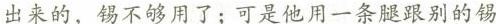
出来的，锡不够用了；可是他用一条腿跟别的锡